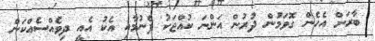
ބާރަށް އެހެން ގޮވަމުން ދުރުން އަންނަ ކުއްޖަކު ފެނުމާއި އެކު އެއީ ދިވެއްސެއްކަން